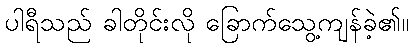
ပါရီသည် ခါတိုင်းလို ခြောက်သွေ့ကျန်ခဲ့၏။